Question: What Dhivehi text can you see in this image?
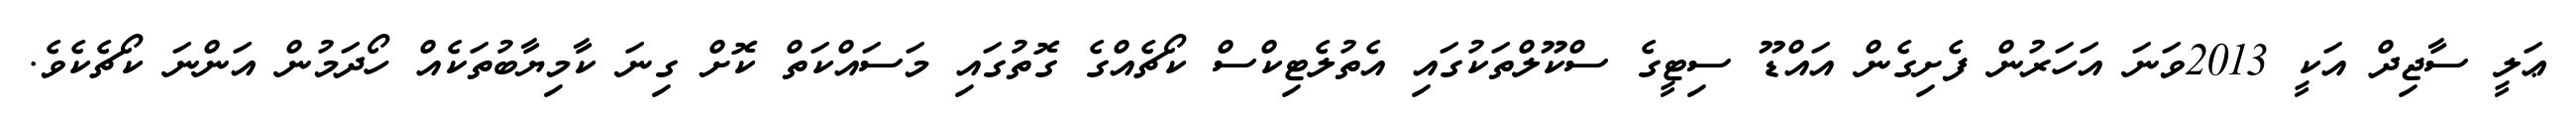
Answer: ޢަލީ ސާޖިދް އަކީ 2013ވަނަ އަހަރުން ފެށިގެން އައްޑޫ ސިޓީގެ ސްކޫލްތަކުގައި އެތުލެޓިކްސް ކޯޗެއްގެ ގޮތުގައި މަސައްކަތް ކޮށް ގިނަ ކާމިޔާބުތަކެއް ހޯދަމުން އަންނަ ކޯޗެކެވެ.